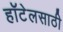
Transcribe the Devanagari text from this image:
हॉटेलसाठी